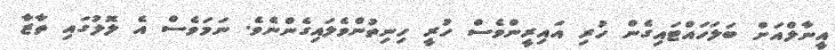
އީނާލްއަށް ބަލަހައްޓައިގެން ހުރި އައިރީންވެސް ހުރީ ހިނިތުންވެލައިގެންނެވެ. ނަމަވެސް އެ ލޮލުގައި ތާޒާ